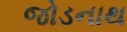
જોડનાથ